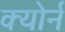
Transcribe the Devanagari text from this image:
क्योर्न